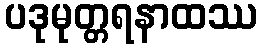
ပဒုမုတ္တရနာထဿ